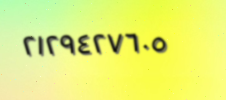
٢١٢٩٤٢٧٦٠٥